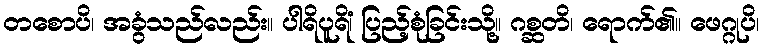
တစောပိ၊ အခွံသည်လည်း။ ပါရိပူရိံ၊ ပြည့်စုံခြင်းသို့။ ဂစ္ဆတိ၊ ရောက်၏။ ဖေဂ္ဂုပိ၊